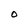
Character: O